Indian journal of veterinary science and animal husbandry - Volume 1,
Year: 1931
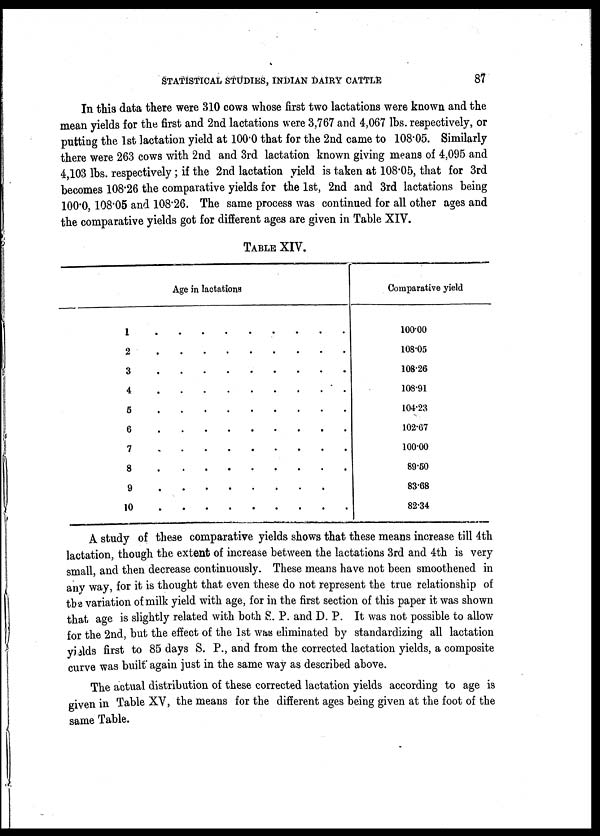
STATISTICAL STUDIES, INDIAN DAIRY CATTLE
87
In this data there were 310 cows whose first two lactations were known and the
mean yields for the first and 2nd lactations were 3,767 and 4,067 lbs. respectively, or
putting the 1st lactation yield at 100.0 that for the 2nd came to 108.05. Similarly
there were 263 cows with 2nd and 3rd lactation known giving means of 4,095 and
4,103 lbs. respectively; if the 2nd lactation yield is taken at 108.05, that for 3rd
becomes 108.26 the comparative yields for the 1st, 2nd and 3rd lactations being
100.0, 108.05 and 108.26. The same process was continued for all other ages and
the comparative yields got for different ages are given in Table XIV.
TABLE XIV.
Age in lactations
1
2
3
4
5
6
7
8
9
10
.
.
.
.
.
.
.
.
.
.
.
.
.
.
.
.
.
.
.
.
.
.
.
.
.
.
.
.
.
.
Comparative yield
100.00
108.05
108.26
108.91
104.23
102.67
100.00
89.50
83.68
82.34
A study of these comparative yields shows that these means increase till 4th
lactation, though the extent of increase between the lactations 3rd and 4th is very
small, and then decrease continuously. These means have not been smoothened in
any way, for it is thought that even these do not represent the true relationship of
the variation of milk yield with age, for in the first section of this paper it was shown
that age is slightly related with both S. P. and D. P. It was not possible to allow
for the 2nd, but the effect of the 1st Was eliminated by standardizing all lactation
yields first to 85 days S. P., and from the corrected lactation yields, a composite
curve was built again just in the same way as described above.
The actual distribution of these corrected lactation yields according to age is
given in Table XV, the means for the different ages being given at the foot of the
same Table.